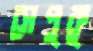
সেপুকু